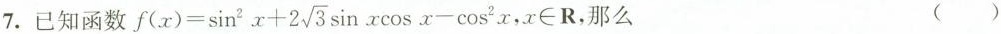
7.已知函数$$f(x)= \sin ^{2}x+2 \sqrt{3}\sin x\cosx-cos^{2}x$$，$$x\inR$$，那么 ()